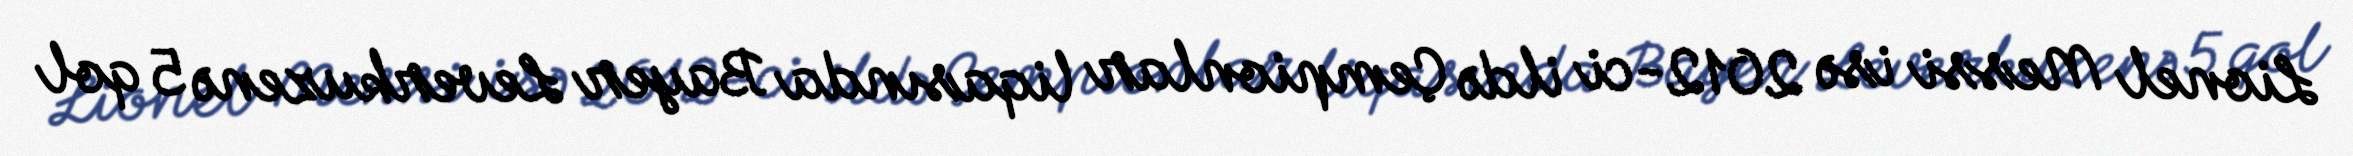
Lionel Messi isə 2012-ci ildə Çempionlar liqasında Bayer Leverkuzenə 5 qol